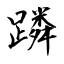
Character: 蹸